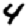
Digit: 4